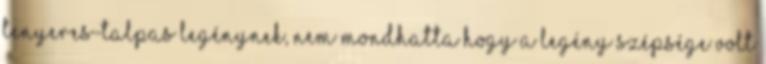
tenyeres-talpas legénynek, nem mondhatta hogy a legény szépsége volt